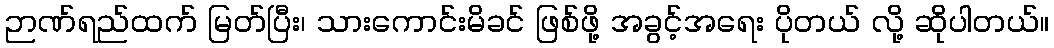
ဉာဏ်ရည်ထက် မြတ်ပြီး၊ သားကောင်းမိခင် ဖြစ်ဖို့ အခွင့်အရေး ပိုတယ် လို့ ဆိုပါတယ်။